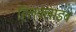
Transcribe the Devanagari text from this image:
हिलक्‍लाइंब